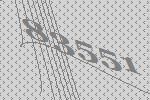
83551